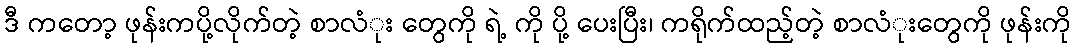
ဒီ ကတော့ ဖုန်းကပို့လိုက်တဲ့ စာလံုး တွေကို ရဲ့ ကို ပို့ ပေးပြီး၊ ကရိုက်ထည့်တဲ့ စာလံုးတွေကို ဖုန်းကို